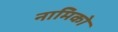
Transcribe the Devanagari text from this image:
नामिको